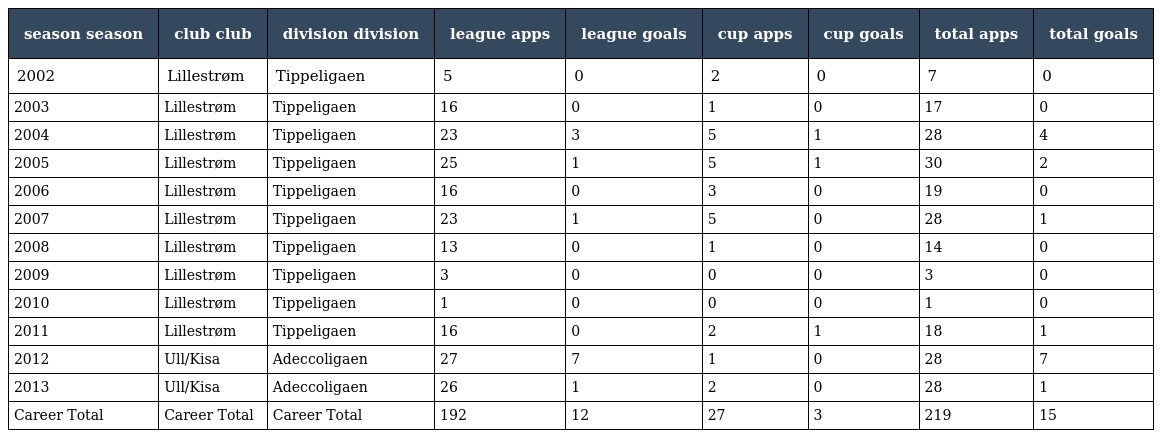
| season season | club club | division division | league apps | league goals | cup apps | cup goals | total apps | total goals |
 | --- | --- | --- | --- | --- | --- | --- | --- | --- |
 | 2002 | Lillestrøm | Tippeligaen | 5 | 0 | 2 | 0 | 7 | 0 |
 | 2003 | Lillestrøm | Tippeligaen | 16 | 0 | 1 | 0 | 17 | 0 |
 | 2004 | Lillestrøm | Tippeligaen | 23 | 3 | 5 | 1 | 28 | 4 |
 | 2005 | Lillestrøm | Tippeligaen | 25 | 1 | 5 | 1 | 30 | 2 |
 | 2006 | Lillestrøm | Tippeligaen | 16 | 0 | 3 | 0 | 19 | 0 |
 | 2007 | Lillestrøm | Tippeligaen | 23 | 1 | 5 | 0 | 28 | 1 |
 | 2008 | Lillestrøm | Tippeligaen | 13 | 0 | 1 | 0 | 14 | 0 |
 | 2009 | Lillestrøm | Tippeligaen | 3 | 0 | 0 | 0 | 3 | 0 |
 | 2010 | Lillestrøm | Tippeligaen | 1 | 0 | 0 | 0 | 1 | 0 |
 | 2011 | Lillestrøm | Tippeligaen | 16 | 0 | 2 | 1 | 18 | 1 |
 | 2012 | Ull/Kisa | Adeccoligaen | 27 | 7 | 1 | 0 | 28 | 7 |
 | 2013 | Ull/Kisa | Adeccoligaen | 26 | 1 | 2 | 0 | 28 | 1 |
 | Career Total | Career Total | Career Total | 192 | 12 | 27 | 3 | 219 | 15 |